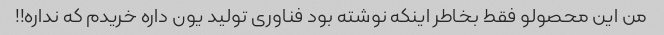
من این محصولو فقط بخاطر اینکه نوشته بود فناوری تولید یون داره خریدم که نداره!!